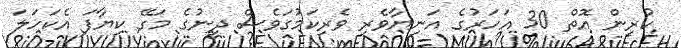
ކުރިން އޮތް 30 އަހަރުގެ އަނިޔާވެރި ވެރިކަމުގަވެސް ދީނުގެ މަގޭ ކިޔާފަ އެކަހަލަ